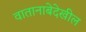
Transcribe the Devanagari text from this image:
वातानाबेदेखील